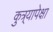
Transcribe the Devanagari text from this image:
कुत्र्यापेक्षा